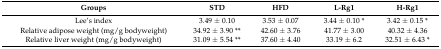
<table><thead><tr><td><b>Groups</b></td><td><b>STD</b></td><td><b>HFD</b></td><td><b>L-Rg1</b></td><td><b>H-Rg1</b></td></tr></thead><tbody><tr><td>Lee’s index</td><td>3.49 ± 0.10</td><td>3.53 ± 0.07</td><td>3.44 ± 0.10 *</td><td>3.42 ± 0.15 *</td></tr><tr><td>Relative adipose weight (mg/g bodyweight)</td><td>34.92 ± 3.90 **</td><td>42.60 ± 3.76</td><td>41.77 ± 3.00</td><td>40.32 ± 4.36</td></tr><tr><td>Relative liver weight (mg/g bodyweight)</td><td>31.09 ± 5.54 **</td><td>37.60 ± 4.40</td><td>33.19 ± 6.2</td><td>32.51 ± 6.43 *</td></tr></tbody></table>